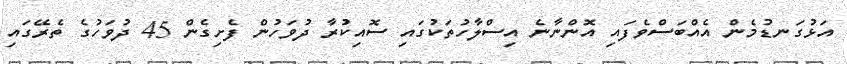
އަޅުގަނޑުމެން އެއްބަސްވެފައި އޮންނާނެ އިސްލާހުތަކުގައި ސޮއިކުރާ ދުވަހުން ފެށިގެން 45 ދުވަހުގެ ތެރޭގައި